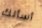
أسألك